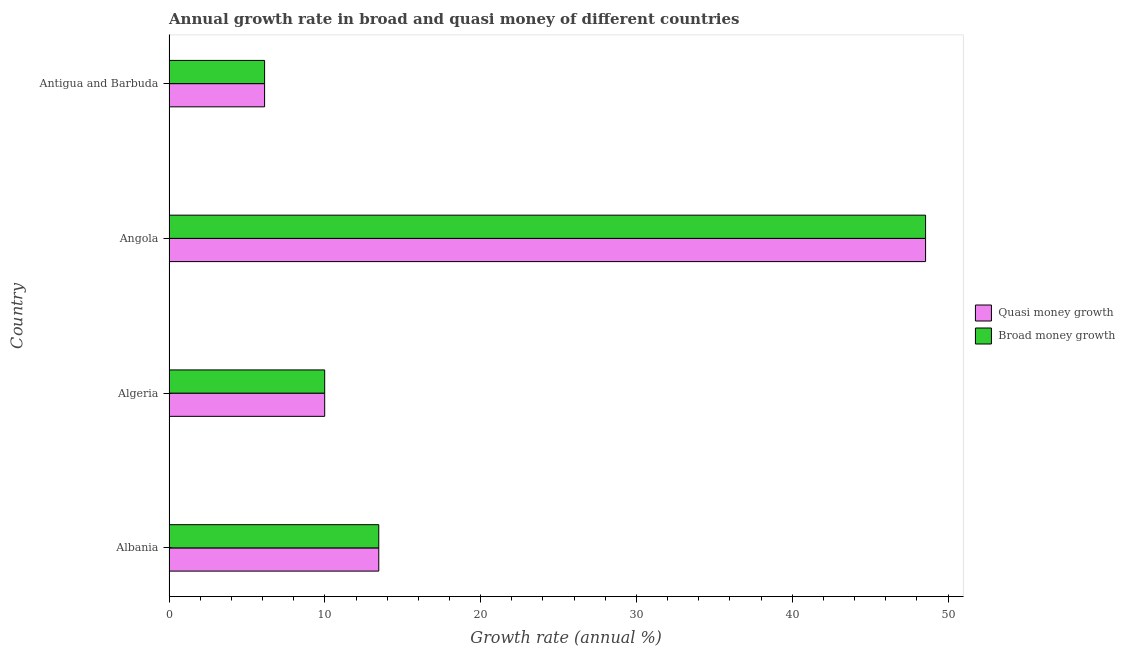
| Country | Quasi money growth | Broad money growth |
 | --- | --- | --- |
 | Albania | 13.5 | 13.5 |
 | Algeria | 9.99 | 9.99 |
 | Angola | 48.6 | 48.6 |
 | Antigua and Barbuda | 6.13 | 6.13 |